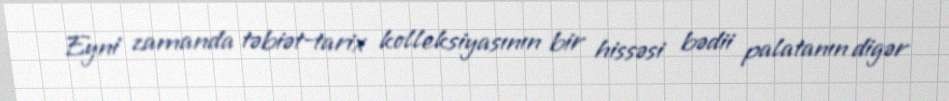
Eyni zamanda təbiət-tarix kolleksiyasının bir hissəsi bədii palatanın digər